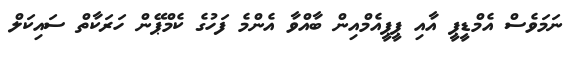
ނަމަވެސް އެމްޑީޕީ އާއި ޕީޕީއެމްއިން ބާއްވާ އެންމެ ފަހުގެ ކެމްޕޭން ހަރަކާތް ސައިކަލް